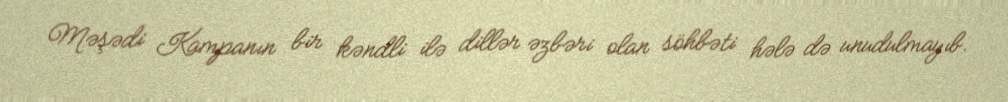
Məşədi Kampanın bir kəndli ilə dillər əzbəri olan söhbəti hələ də unudulmayıb.